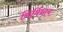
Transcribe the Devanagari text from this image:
निर्विधाय